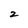
Character: 2